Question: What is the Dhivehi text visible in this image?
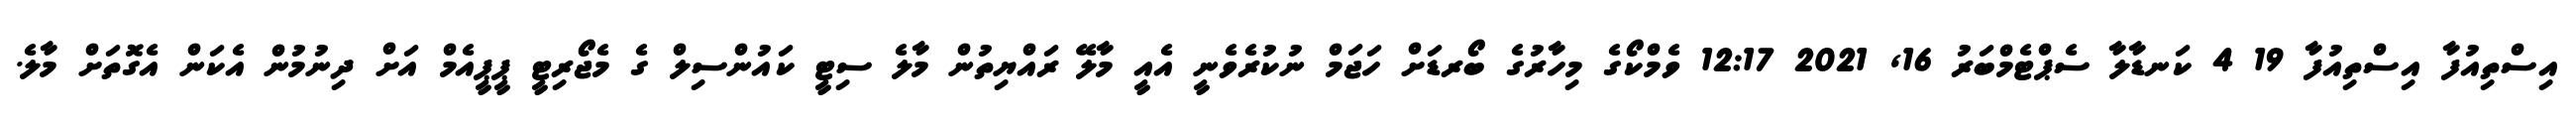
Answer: އިސްތިއުފާ އިސްތިއުފާ 19 4 ކަނޑާލާ ސެޕްޓެމްބަރު 16, 2021 12:17 ވެމްކޯގެ މިހާރުގެ ބޯރޑަށް ހަޖަމް ނުކުރެވެނީ އެއީ މާލޭ ރައްޔިތުން މާލެ ސިޓީ ކައުންސިލް ގެ މެޖޯރިޓީ ޕީޕީއެމް އަށް ދިނުމުން އެކަން އެގޮތަށް މާލެ.